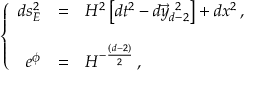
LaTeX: \left\{ \begin{array} { r c l } { { d s _ { E } ^ { 2 } } } & { { = } } & { { H ^ { 2 } \left[ d t ^ { 2 } - d \vec { y } _ { d - 2 } ^ { \ 2 } \right] + d x ^ { 2 } \, , } } \\ { { } } & { { } } & { { } } \\ { { e ^ { \phi } } } & { { = } } & { { H ^ { - \frac { ( d - 2 ) } { 2 } } \, , } } \end{array} \right.